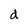
Character: d